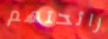
رائحتهم